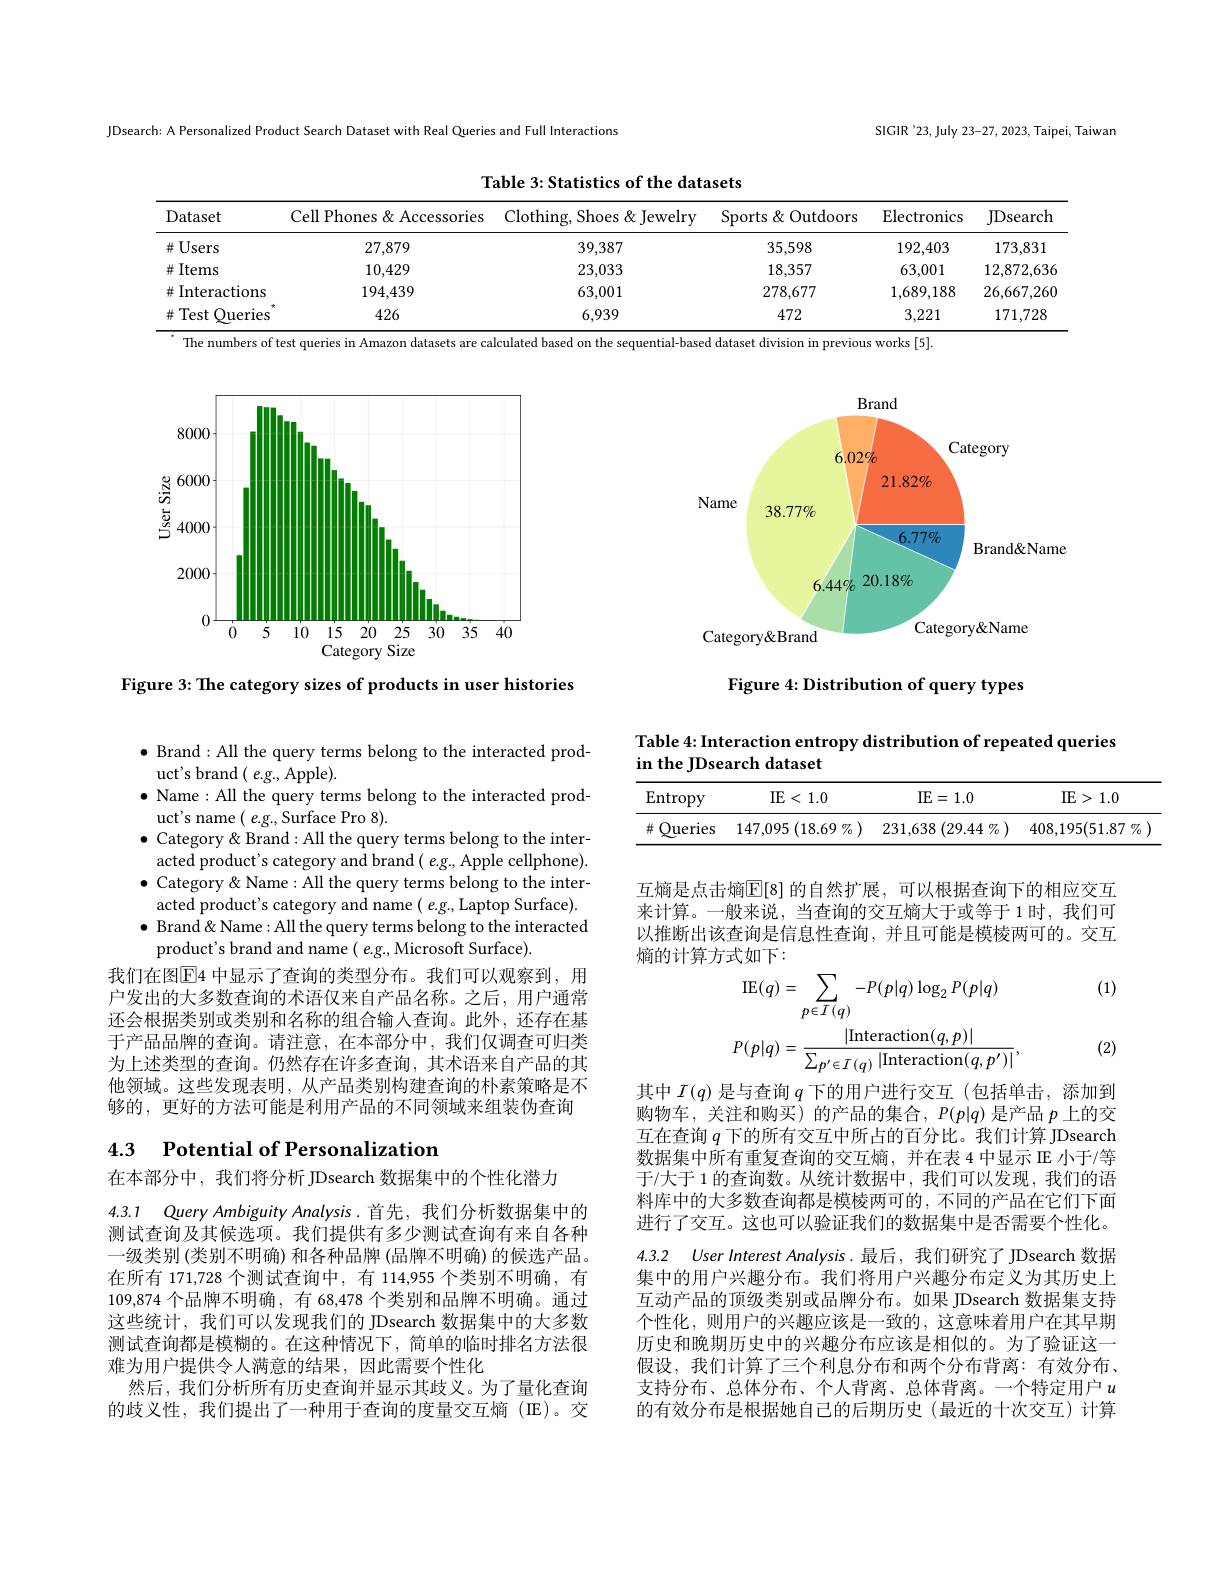
JDsearch: A Personalized Product Search Dataset with Real Queries and Full Interactions

SIGIR'23, July 23-27, 2023, Taipei, Taiwan

Table 3: Statistics of the datasets

<table>
	<tbody>
		<tr>
			<th>Dataset</th>
			<th>Cell Phones & Accessories</th>
			<th>Clothing, Shoes & Jewelry</th>
			<th>Sports& Outdoors</th>
			<th>$\operatorname{Electronics}$</th>
			<th>JDsearch</th>
		</tr>
		<tr>
			<td>并Users</td>
			<td>27,879</td>
			<td>39,387</td>
			<td>35,598</td>
			<td>192,403</td>
			<td>173,831</td>
		</tr>
		<tr>
			<td>并 Items</td>
			<td>10,429</td>
			<td>23,033</td>
			<td>18,357</td>
			<td>63,001</td>
			<td>12,872,63</td>
		</tr>
		<tr>
			<td>Interactions 林</td>
			<td>194,439</td>
			<td>63,001</td>
			<td>278,677</td>
			<td>1,689,188</td>
			<td>26,667,260</td>
		</tr>
		<tr>
			<td>Test Queries 井</td>
			<td>426</td>
			<td>6,939</td>
			<td>472</td>
			<td>3,221</td>
			<td>171,728</td>
		</tr>
	</tbody>
</table>
The numbers of test queries in Amazon datasets are calculated based on the sequential-based dataset division in previous works [5].

<FigureHere>

Figure 3: The category sizes of products in user histories

$\bullet$ Brand:All the query terms belong to the interacted prod-
uct's brand(e.g., Apple).
$\bullet$ Name : All the query terms belong to the interacted prod-
uct's name ( e.g., Surface Pro 8).
$\bullet$ Category& Brand: All the query terms belong to the interacted product's category and brand( e.g., Apple cellphone). $\bullet$ Category&Name: All the query terms belong to the interacted product's category and name ( e.g., Laptop Surface). $\bullet$ Brand&Name:All the query terms belong to the interacted product's brand and name( e.g., Microsoft Surface).
我们在图$\overline{\mathrm{E}}$4 中显示了查询的类型分布。我们可以观察到，用户发出的大多数查询的术语仅来自产品名称。之后，用户通常还会根据类别或类别和名称的组合输入查询。此外，还存在基于产品品牌的查询。请注意，在本部分中，我们仅调查可归类为上述类型的查询。仍然存在许多查询，其术语来自产品的其他领域。这些发现表明，从产品类别构建查询的朴素策略是不够的，更好的方法可能是利用产品的不同领域来组装伪查询

### 4.3 $\textbf{Potential of Personalization}$

在本部分中，我们将分析 JDsearch 数据集中的个性化潜力

4.3.1 Query Ambiguity Analysis .首先，我们分析数据集中的

测试查询及其候选项。我们提供有多少测试查询有来自各种一级类别 (类别不明确) 和各种品牌 (品牌不明确) 的候选产品。在所有 171,728 个测试查询中，有 114,955 个类别不明确，有109,874个品牌不明确 ,有 68,478 个类别和品牌不明确。通过这些统计，我们可以发现我们的 JDsearch 数据集中的大多数测试查询都是模糊的。在这种情况下，简单的临时排名方法很难为用户提供令人满意的结果，因此需要个性化
然后，我们分析所有历史查询并显示其歧义。为了量化查询的歧义性，我们提出了一种用于查询的度量交互熵(IE)。交

<FigureHere>

Figure 4: Distribution of query types

Table 4: Interaction entropy distribution of repeated queries
in the JDsearch dataset

<table>
	<tbody>
		<tr>
			<th>$\operatorname{Entropy}$</th>
			<th>IE<1.0</th>
			<th>IE=1.0</th>
			<th>IE>1.0</th>
		</tr>
		<tr>
			<td>升 Queries</td>
			<td>147,095 $5\left(18.69\:\%\right)$</td>
			<td>231,638 $3\left(29.44\right.$ $1\%$ 1</td>
			<td>$408,195(51.87\%$</td>
		</tr>
	</tbody>
</table>

互熵是点击熵$\overline{\mathrm{E}}[8]$ 的自然扩展，可以根据查询下的相应交互来计算。一般来说，当查询的交互熵大于或等于1时，我们可以推断出该查询是信息性查询，并且可能是模棱两可的。交互熵的计算方式如下：

(1)
$$\mathrm{IE}(q)=\sum_{p\in I}-P(p|q)\log_{2}P(p|q)\\P(p|q)=\frac{|\mathrm{Interaction}(q,p)|}{\sum_{p^{\prime}\in I}(q)\:|\mathrm{Interaction}(q,p^{\prime})|},$$
(2)

其中$I(q)$是与查询$q$下的用户进行交互(包括单击，添加到购物车，关注和购买)的产品的集合，$P(p|q)$是产品$p$上的交互在查询$q$下的所有交互中所占的百分比。我们计算 JDsearch 数据集中所有重复查询的交互熵，并在表 4 中显示 E 小于/等于/大于 1 的查询数。从统计数据中，我们可以发现，我们的语料库中的大多数查询都是模棱两可的，不同的产品在它们下面进行了交互。这也可以验证我们的数据集中是否需要个性化。4.3.2 User Interest Analysis.最后，我们研究了 JDsearch 数据集中的用户兴趣分布。我们将用户兴趣分布定义为其历史上互动产品的顶级类别或品牌分布。如果 JDsearch 数据集支持个性化，则用户的兴趣应该是一致的，这意味着用户在其早期历史和晚期历史中的兴趣分布应该是相似的。为了验证这一假设，我们计算了三个利息分布和两个分布背离：有效分布、 支持分布、总体分布、个人背离、总体背离。一个特定用户$u$ 的有效分布是根据她自己的后期历史(最近的十次交互)计算